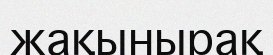
жақынырақ